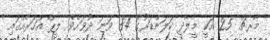
މާރޗް 25 އަކީ މީލާދީ ކަލަންޑަރުގެ 84 ވަނަ ދުވަހެވެ. ލީޕް އަހަރެއްގައި